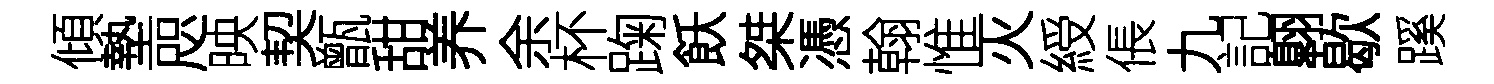
傾墊咫映契甑甜养余杯踘飫桀憑翰惟灭綬倀九記翺歇蹊